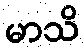
မာသိ